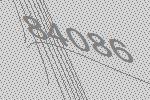
84086